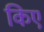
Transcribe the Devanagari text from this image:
किए